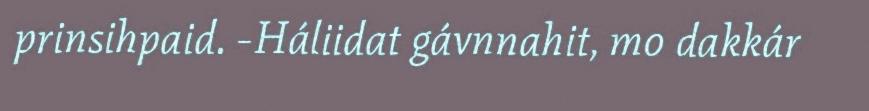
prinsihpaid. -Háliidat gávnnahit, mo dakkár